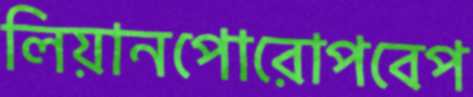
লিয়ানপোরোপবেপ